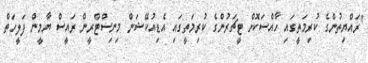
"ރައްޔިތުންގެ ކުރިމަތީގައި ހާއްސަކޮށް ޓީޗަރުންގެ ކުރިމަތީގައި އެޑިއުކޭޝަން މިނިސްޓްރީން ރައީސް ޔާމީން ފަލީހަތް